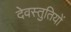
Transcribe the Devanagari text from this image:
देवस्तुतियों